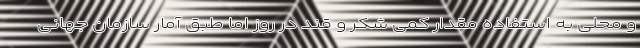
و محلی به استفاده مقدار کمی شکر و قند در روز اما طبق آمار سازمان جهانی